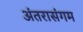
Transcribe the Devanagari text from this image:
अंतरासंगम